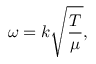
\omega = k { \sqrt { \frac { T } { \mu } } } ,